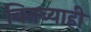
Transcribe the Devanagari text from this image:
बिनब्याही